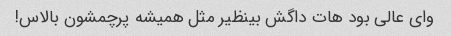
وای عالی بود هات داگش بینظیر مثل همیشه پرچمشون بالاس!